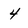
Character: 4